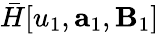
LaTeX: \bar{H}[u_{1},\mathbf{a}_{1},\mathbf{B}_{1}]